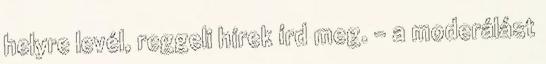
helyre levél, reggeli hírek írd meg. - a moderálást